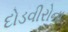
દોડવીરોના